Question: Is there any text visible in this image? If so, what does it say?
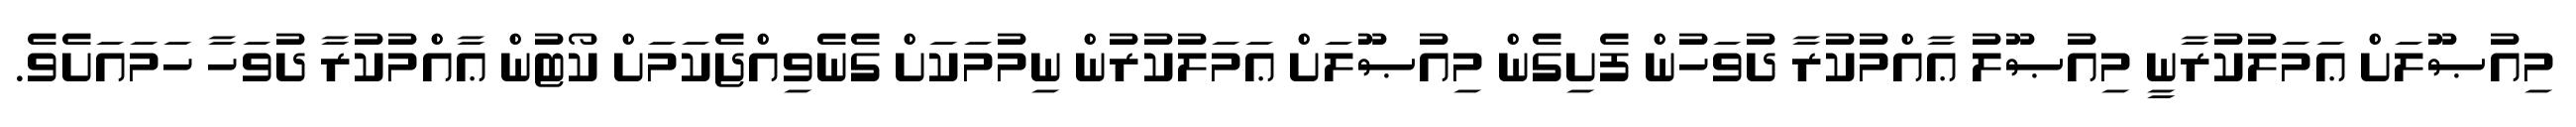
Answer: މިއުޞޫލަށް ޢަމަލުކުރާނީ މިއުޞޫލު ޢާއްމުކުރާ ދުވަހުން ފެށިގެން މިއުޞޫލަށް ޢަމަލުކުރުން ނިމުމަކަށް ގެނެވިއްޖެކަމަށް ކޯޓުން ޢާއްމުކުރާ ދުވަހާ ހަމައަށެވެ.